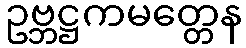
ဥဗ္ဘဋ္ဌကမတ္တေန